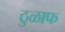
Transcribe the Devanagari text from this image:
ठुळाफ